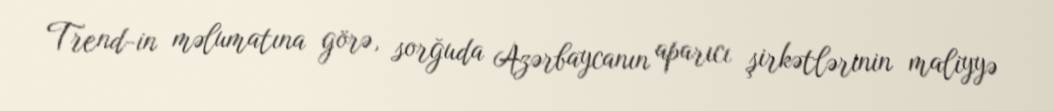
Trend-in məlumatına görə, sorğuda Azərbaycanın aparıcı şirkətlərinin maliyyə